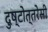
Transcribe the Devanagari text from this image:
दुष्टोत्तरेसी